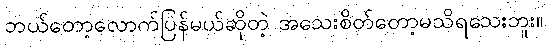
ဘယ်တော့လောက်ပြန်မယ်ဆိုတဲ့ အသေးစိတ်တော့မသိရသေးဘူး။